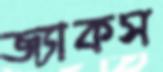
জ্যাকস